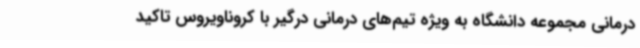
درمانی مجموعه دانشگاه به ویژه تیم‌های درمانی درگیر با کروناویروس تاکید